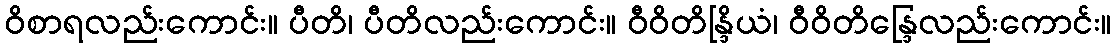
ဝိစာရလည်းကောင်း။ ပီတိ၊ ပီတိလည်းကောင်း။ ဝီဝိတိန္ဒြိယံ၊ ဝီဝိတိန္ဒြေလည်းကောင်း။